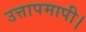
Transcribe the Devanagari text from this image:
उत्तापमापी।